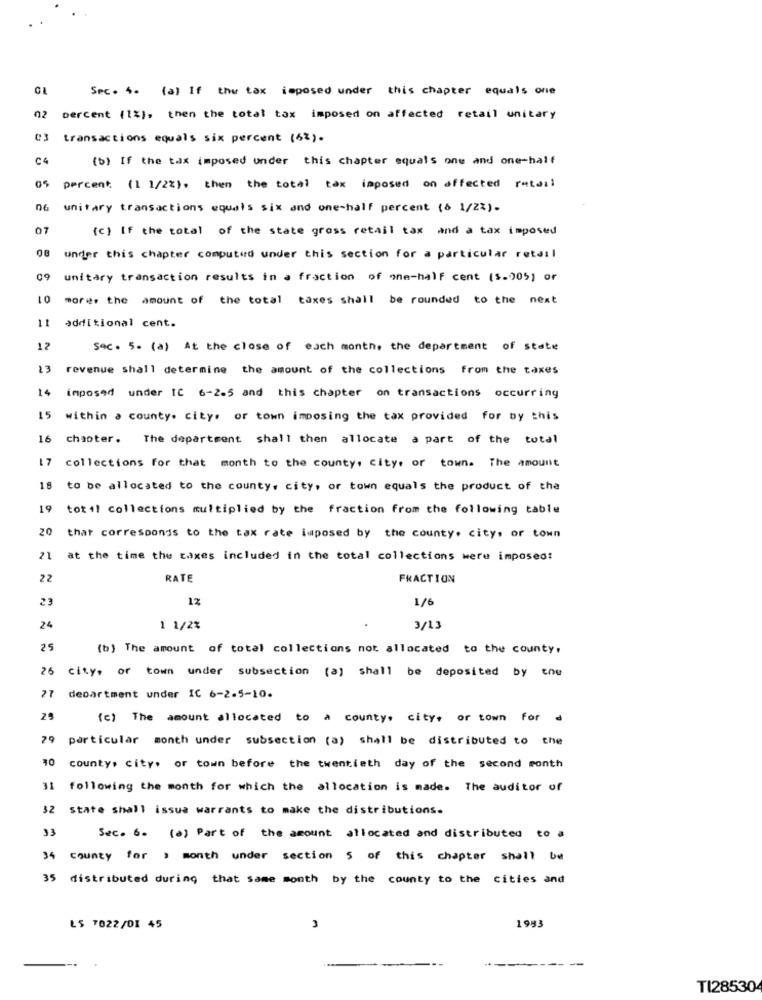
Sec . 4. (a) If the tax imposed under this chapter equals one
02
Dercent (1%), then the total tax imposed on affected retail unitary
transactions equals six percent (62).
C4
(b) If the tax imposed under this chapter equals one and one-half
percent: (1 1/2%). then the total tax imposed on affected ratuil
06
unitary transactions equals six and one-half percent (& 1/22)-
(c) If the total of the state gross retail tax and a tax imposed
under this chapter computed under this section for a particular retail
09
unitary transaction results in a fraction of one-half cent ($.005) or
01
more. the amount of the total taxes shall be rounded to the next
11
additional cent.
12
Sec . 5. (a) At the close of each month, the department of state
23
revenue shall determine the amount of the collections from the taxes
14
imposed under IC 6-2.5 and this chapter on transactions occurring
15 within a county. city, or town imposing the tax provided for by this
16
chapter. The department shall then allocate a part of the total
17
collections for that month to the county, city, or town. The amount
18 to be allocated to the county, city, or town equals the product of the
19
totil collections multiplied by the fraction from the following table
20
that corresponds to the tax rate imposed by the county. city, or town
21
at the time the taxes included in the total collections were imposed:
22
RATE
FRACTION
23
12
1/6
24
1 1/2%
3/13
25
(b) The amount of total collections not allocated to the county,
25
city, or town under subsection (a) shall be deposited by the
27
department under IC 6-2-5-10.
(c) The amount allocated to a county, city, or town for
79
particular month under subsection (a) shall be distributed to the
10
county, city. or town before the twentieth day of the second month
31 following the month for which the allocation is made. The auditor of
32 state shall issua warrants to make the distributions.
33
Sec. 6. (a) Part of the amount allocated and distributed to a
34 county for > month under section 5 of this chapter shall be
35 distributed during that same month by the county to the cities and
1993
L$ 7022/01 45
3
TI28530